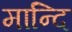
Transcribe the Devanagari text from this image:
मान्दि